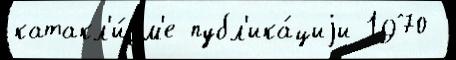
катакл'и́зм'е публ'ика́циjи 1970